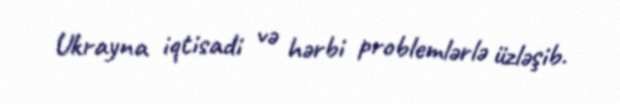
Ukrayna iqtisadi və hərbi problemlərlə üzləşib.